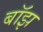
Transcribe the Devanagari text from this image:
बॉझ